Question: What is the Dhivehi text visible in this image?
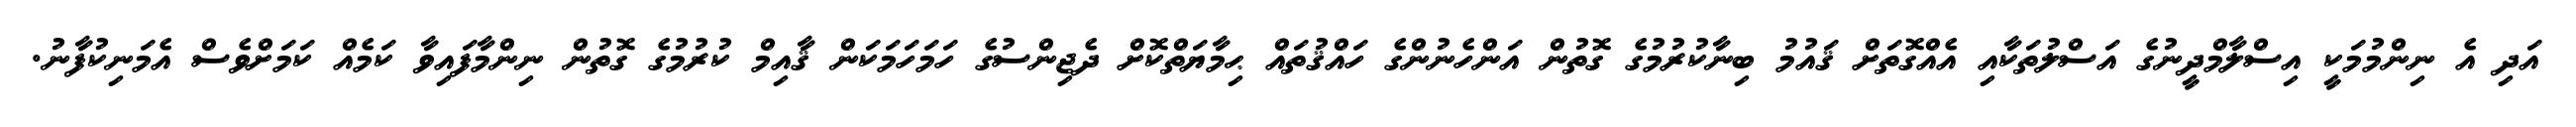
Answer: އަދި އެ ނިންމުމަކީ އިސްލާމްދީނުގެ އަސްލުތަކާއި އެއްގޮތަށް ޤައުމު ބިނާކުރުމުގެ ގޮތުން އަންހެނުންގެ ހައްޤުތައް ޙިމާޔަތްކޮށް ދެޖިންސުގެ ހަމަހަމަކަން ޤާއިމް ކުރުމުގެ ގޮތުން ނިންމާފައިވާ ކަމެއް ކަމަށްވެސް އެމަނިކުފާނު.